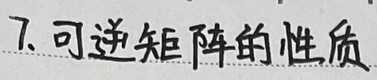
7. 可逆矩阵的性质